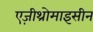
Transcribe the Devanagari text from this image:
एज़ीथ्रोमाइसीन